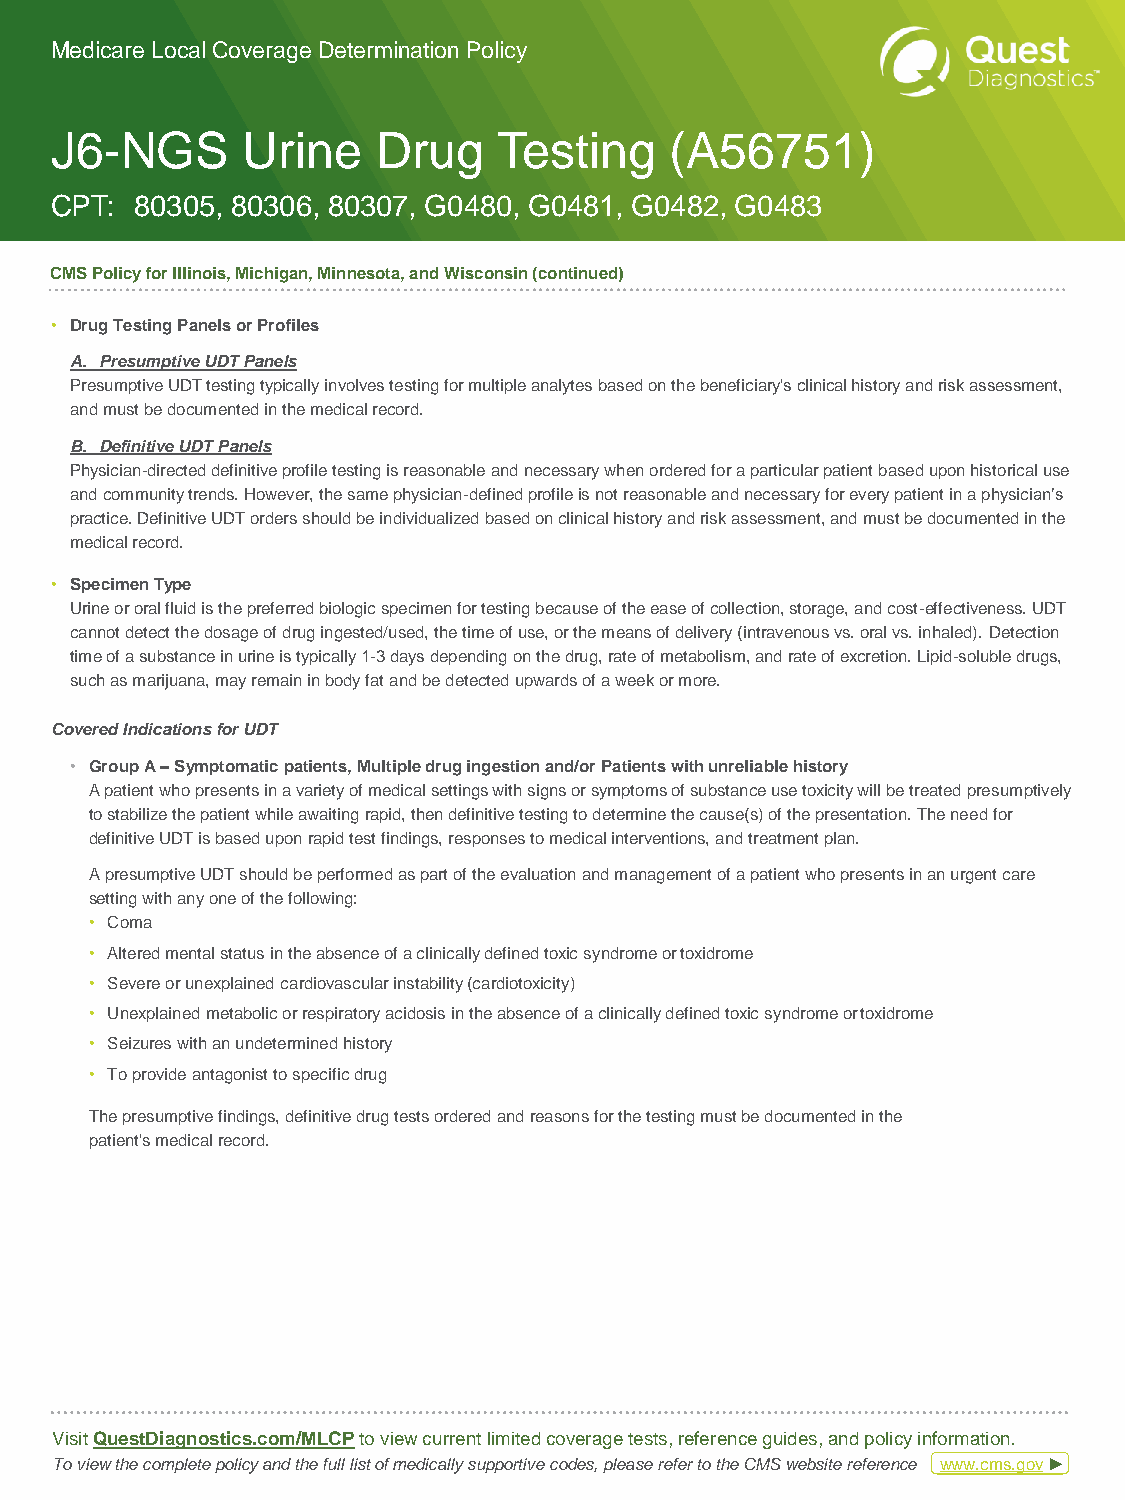
Medicare Local Coverage Determination Policy
 J6-NGS       Urine    Drug    Testing    (A56751)
 CPT:  80305, 80306, 80307, G0480, G0481, G0482, G0483
 CMS Policy for Illinois, Michigan, Minnesota, and Wisconsin (continued)
 • Drug Testing Panels or Profiles
 A. Presumptive UDT Panels
 Presumptive UDT testing typically involves testing for multiple analytes based on the beneficiary's clinical history and risk assessment,
 and must be documented in the medical record.
 B. Definitive UDT Panels
 Physician-directed definitive profile testing is reasonable and necessary when ordered for a particular patient based upon historical use
 and community trends. However, the same physician-defined profile is not reasonable and necessary for every patient in a physician’s
 practice. Definitive UDT orders should be individualized based on clinical history and risk assessment, and must be documented in the
 medical record.
 • Specimen Type
 Urine or oral fluid is the preferred biologic specimen for testing because of the ease of collection, storage, and cost-effectiveness. UDT
 cannot detect the dosage of drug ingested/used, the time of use, or the means of delivery (intravenous vs. oral vs. inhaled). Detection
 time of a substance in urine is typically 1-3 days depending on the drug, rate of metabolism, and rate of excretion. Lipid-soluble drugs,
 such as marijuana, may remain in body fat and be detected upwards of a week or more.
 Covered Indications for UDT
 • Group A – Symptomatic patients, Multiple drug ingestion and/or Patients with unreliable history
 A patient who presents in a variety of medical settings with signs or symptoms of substance use toxicity will be treated presumptively
 to stabilize the patient while awaiting rapid, then definitive testing to determine the cause(s) of the presentation. The need for
 definitive UDT is based upon rapid test findings, responses to medical interventions, and treatment plan.
 A presumptive UDT should be performed as part of the evaluation and management of a patient who presents in an urgent care
 setting with any one of the following:
 • Coma
 • Altered mental status in the absence of a clinically defined toxic syndrome or toxidrome
 • Severe or unexplained cardiovascular instability (cardiotoxicity)
 • Unexplained metabolic or respiratory acidosis in the absence of a clinically defined toxic syndrome or toxidrome
 • Seizures with an undetermined history
 • To provide antagonist to specific drug
 The presumptive findings, definitive drug tests ordered and reasons for the testing must be documented in the
 patient's medical record.
 Visit QuestDiagnostics.com/MLCP to view current limited coverage tests, reference guides, and policy information.
 To view the complete policy and the full list of medically supportive codes, please refer to the CMS website reference www.cms.gov ►